Laidoner,_Johan, lk 55
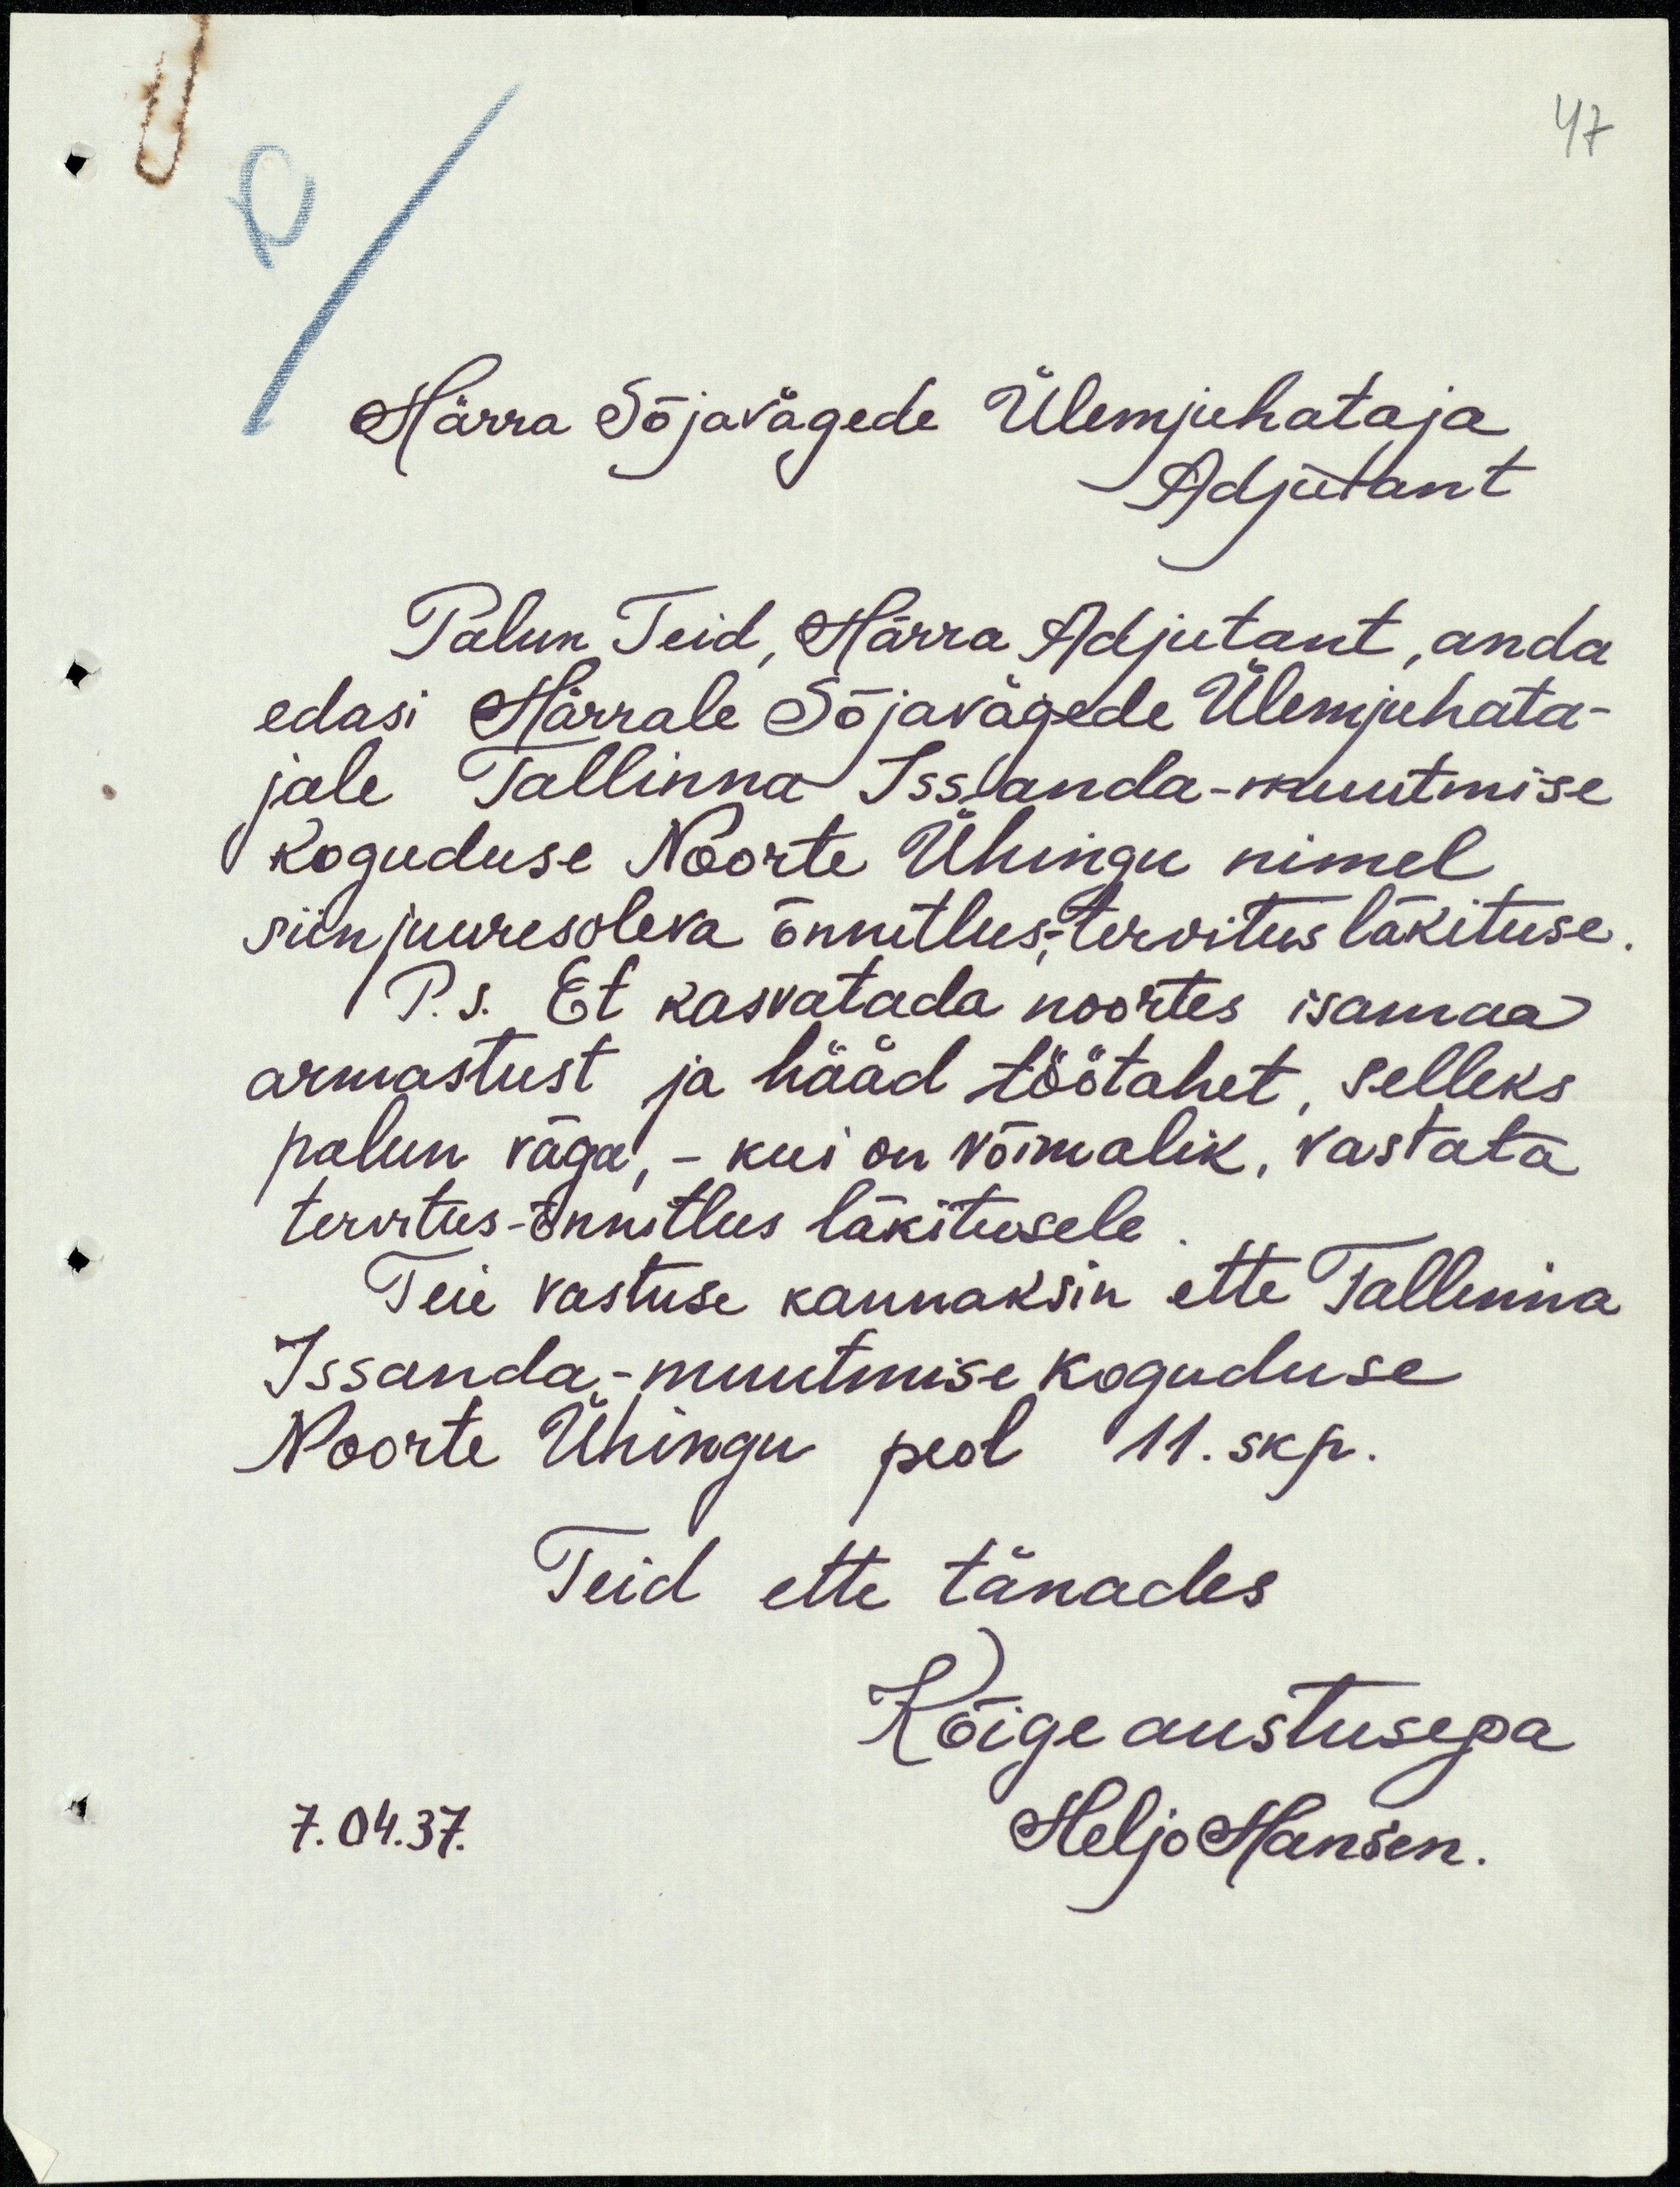
47

Härra Sõjavägede Ülemjuhataja
Adjutant
Palun Teid, Härra Adjutant, anda
edasi Härrale Sõjavägede Ülemjuhata-
jale Tallinna Issanda-muutmise
Koguduse Noorte Ühingu nimel
siinjuuresoleva õnnitlus; tervitus läkituse
P.S. Et kasvatada noortes isamaa
armastust ja hääd töötahet, selleks
palun väga, - kui on võimalik, vastata
tervitus-õnnitlus läkitusele
Teie vastuse kannaksin ette Tallinna
Issanda - muutmise koguduse
Noorte Ühingu peol 11. skp.
Teid ette tänades
Kõige austusega
7.04.37.
Heljo Hansen.